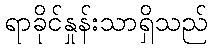
ရာခိုင်နှုန်းသာရှိသည်